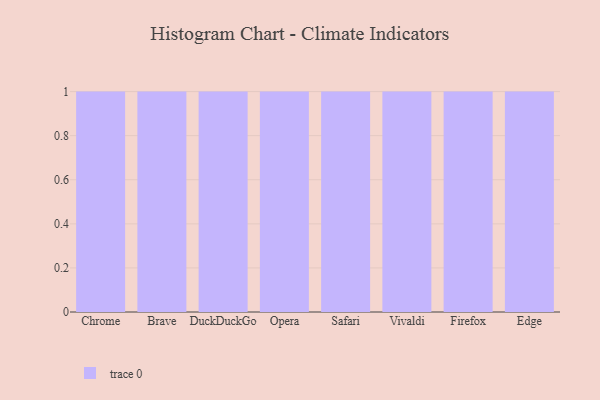
{"axis": {"x": "Browser", "y": "Revenue (USD Million)"}, "legend": [""], "data": [{"x": "Chrome", "y": 100, "type": ""}, {"x": "Brave", "y": 38, "type": ""}, {"x": "DuckDuckGo", "y": 75, "type": ""}, {"x": "Opera", "y": 76, "type": ""}, {"x": "Safari", "y": 88, "type": ""}, {"x": "Vivaldi", "y": 89, "type": ""}, {"x": "Firefox", "y": 87, "type": ""}, {"x": "Edge", "y": 65, "type": ""}]}